Lunatic asylums Central Provinces reports 1874-1885 - 1874-1885
Year: 1874
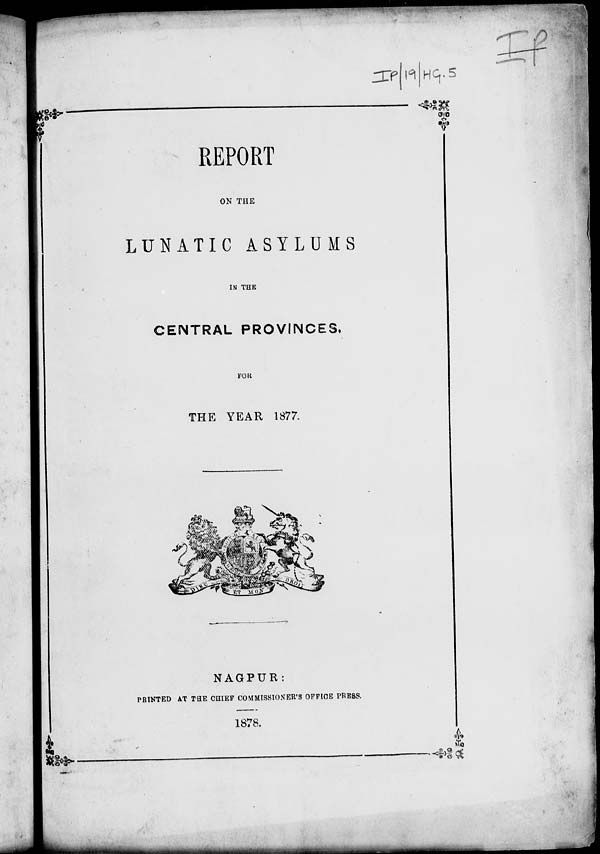
REPORT
ON THE
LUNATIC ASYLUMS
IN THE
CENTRAL PROVINCES,
FOR
THE YEAR 1877.
NAGPUR:
PRINTED AT THE CHIEF COMMISSIONER'S OFFICE PRESS.
1878.